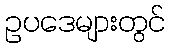
ဥပဒေများတွင်